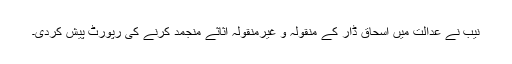
نیب نے عدالت میں اسحاق ڈار کے منقولہ و غیرمنقولہ اثاثے منجمد کرنے کی رپورٹ پیش کردی۔